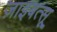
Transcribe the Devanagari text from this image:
ज़ाइबत्सू